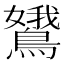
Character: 𬷭